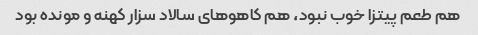
هم طعم پیتزا خوب نبود، هم کاهو‌های سالاد سزار کهنه و مونده بود